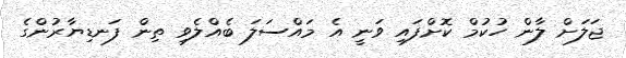
ޖަލަށް ލާން ހުކުމް ކޮށްފައި ވަނީ އެ މައްސަލަ ބެއްލެވި ތިން ފަނޑިޔާރުންގެ